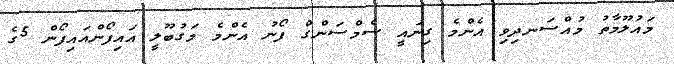
މައުލޫމާތު މުއްސަނދިވި އެންމެ ގިނައީ ސެމްސަންގް ފޯނު އެންމެ މަގުބޫލީ އައިފޯންއައިފޯން 5ގެ